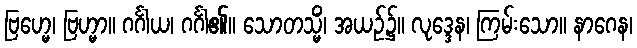
ဗြဟ္မေ၊ ဗြဟ္မာ။ ဂင်္ဂါယ၊ ဂင်္ဂါ၏။ သောတသ္မိံ၊ အယဉ်၌။ လုဒ္ဒေန၊ ကြမ်းသော။ နာဂေန၊